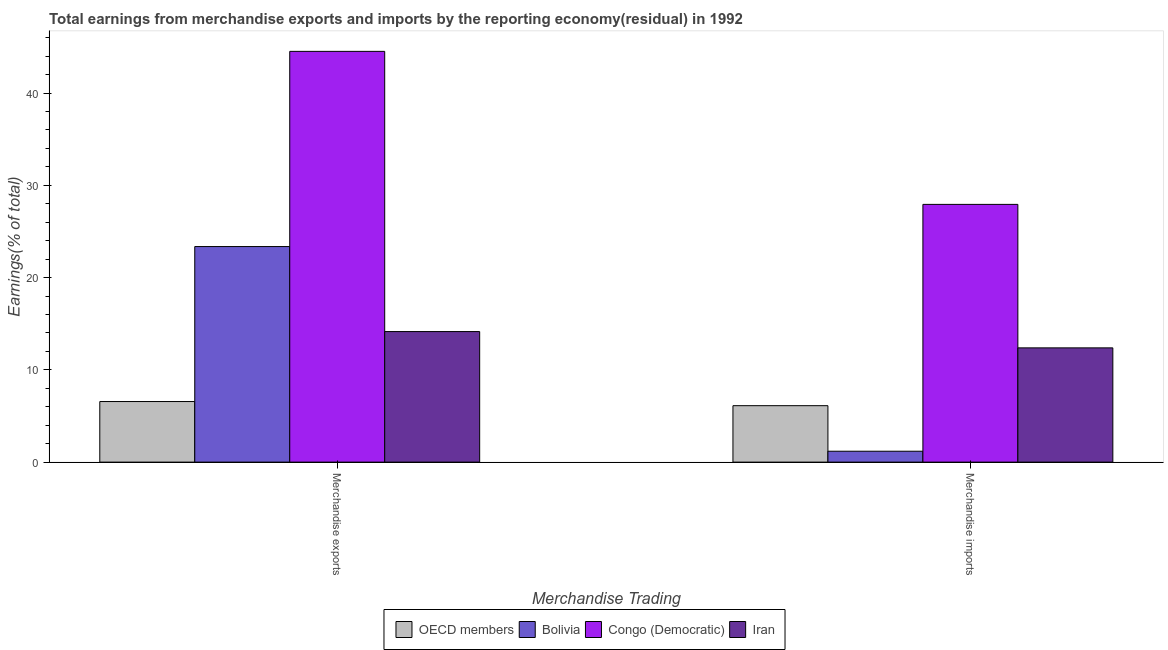
| Merchandise Trading | OECD members | Bolivia | Congo (Democratic) | Iran |
 | --- | --- | --- | --- | --- |
 | Merchandise exports | 6.57 | 23.4 | 44.5 | 14.1 |
 | Merchandise imports | 6.12 | 1.18 | 27.9 | 12.4 |